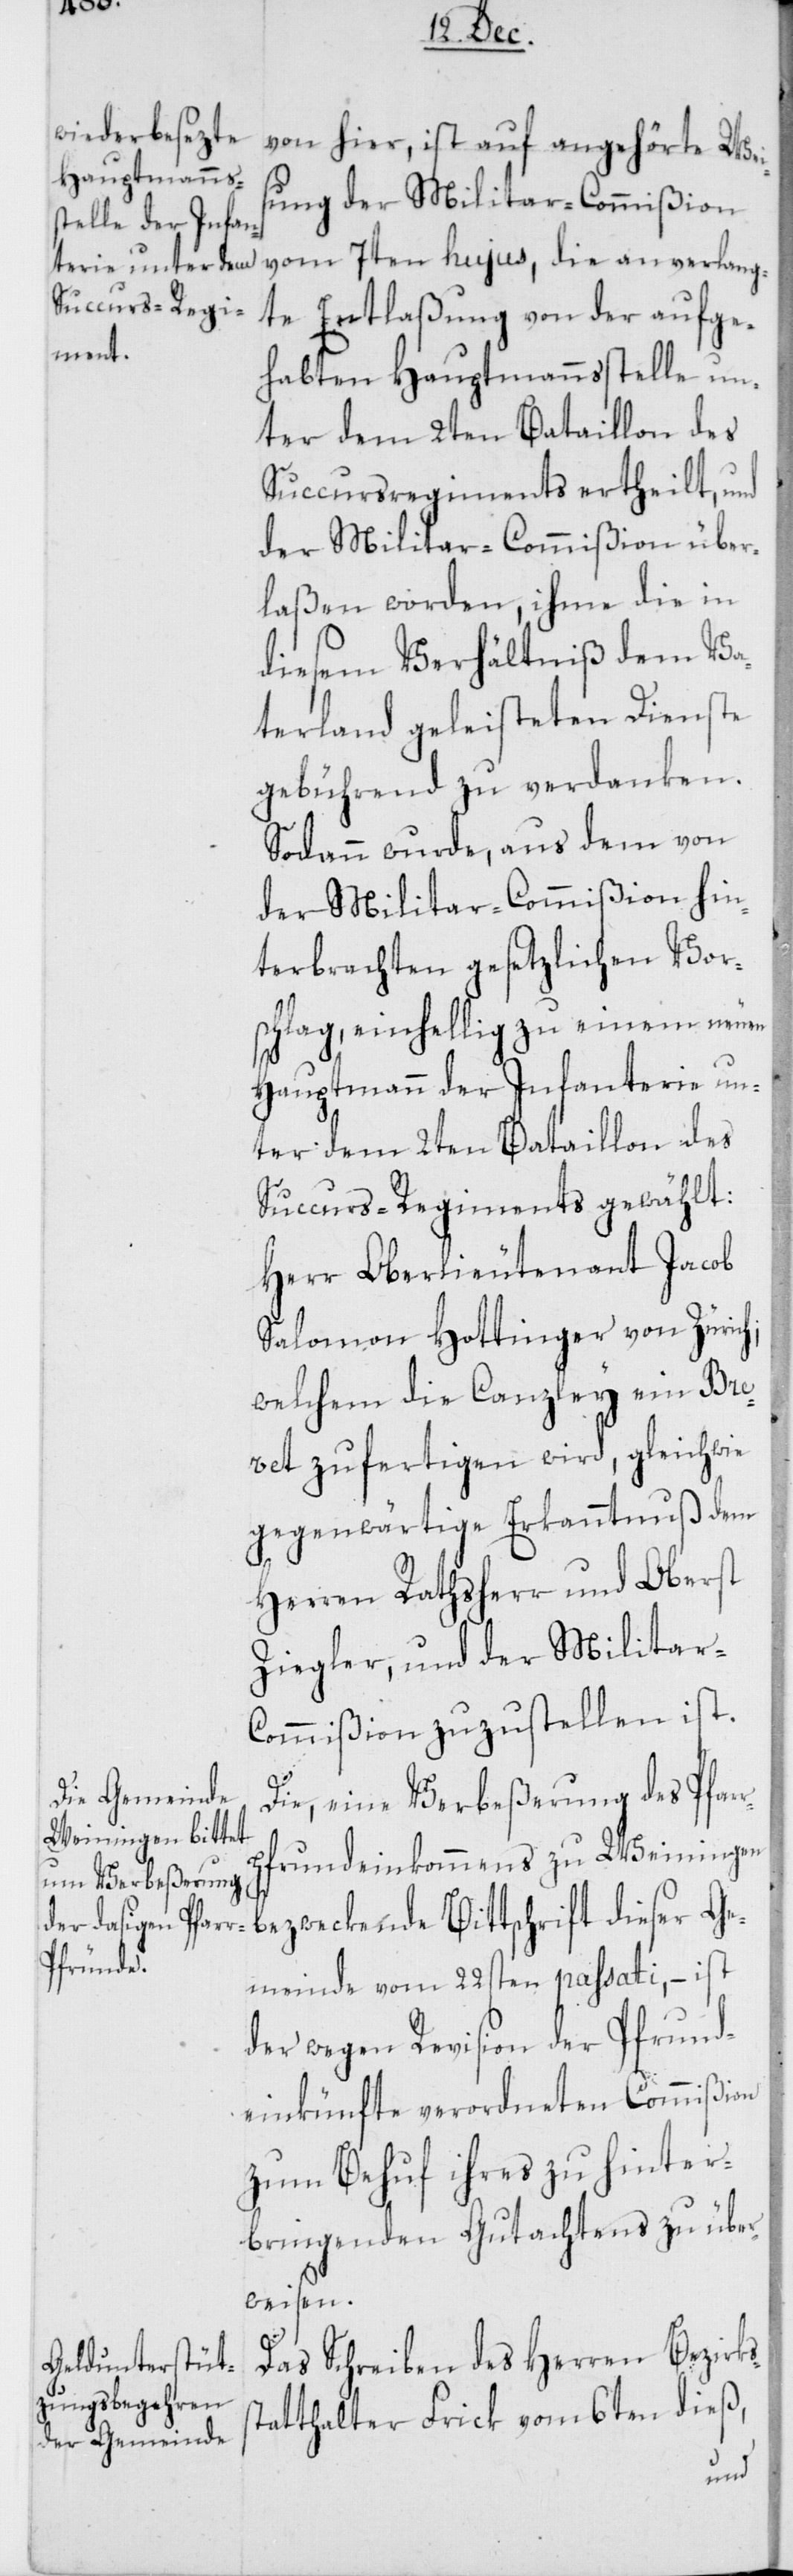
s¬
von hier, ist auf angehörte Wei¬
sung der Militar-Commißion
te Entlaßung von der aufge¬
habten Hauptmannsstelle un¬
ter dem 2ten Bataillon des
Succursregiments ertheilt, und
der Militar-Commißion über¬
laßen worden, ihme die in
diesem Verhältniß dem Va¬
terland geleisteten Dienste
gebührend zu verdanken.
Sodann wurde, aus dem von
der Militar-Commißion hin¬
terbrachten gesetzlichen Vor¬
schlag, einhellig zu einem neuen
Hauptmann der Infanterie un¬
ter dem 2ten Bataillon des
Succurs-Regiments gewählt:
Herr Oberlieutenant Jacob
Salomon Hottinger von Züric¬
welchem die Canzley ein Bre¬
vet zufertigen wird, gleichwie
gegenwärtige Erkanntnuß dem
Herren Rathsherr und Oberst
Ziegler, und der Militar-C¬
ommißion zuzustellen ist.
Die, eine Verbeßerung des Pfar¬
frundeinkommens zu Weiningen
bezweckende Bittschrift dieser Ge¬
meinde vom 22sten passati, – ist
der wegen Revision der Pfrund¬
einkünfte verordneten Commißion
zum Behuf ihres zu hinter¬
bringenden Gutachtens zu über¬
weisen.
Das Schreiben des Herren Bezirks¬
tatthalter Frick vom 6ten dieß,